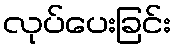
လုပ်ပေးခြင်း